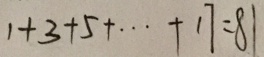
1 + 3 + 5 + \cdots + 1 7 = 8 1